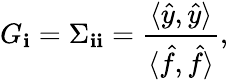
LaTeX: G_{\mathbf{i}}=\Sigma_{\mathbf{i}\mathbf{i}}=\frac{{\langle\hat{{y}},\hat{{y}}\rangle}}{{\langle\hat{{f}},\hat{{f}}\rangle}},